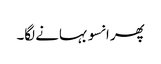
پھر انسو بہانے لگا۔